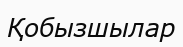
Қобызшылар